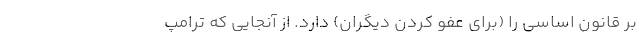
بر قانون اساسی را (برای عفو کردن دیگران) دارد. از آنجایی که ترامپ